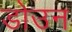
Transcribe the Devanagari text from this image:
डोउन